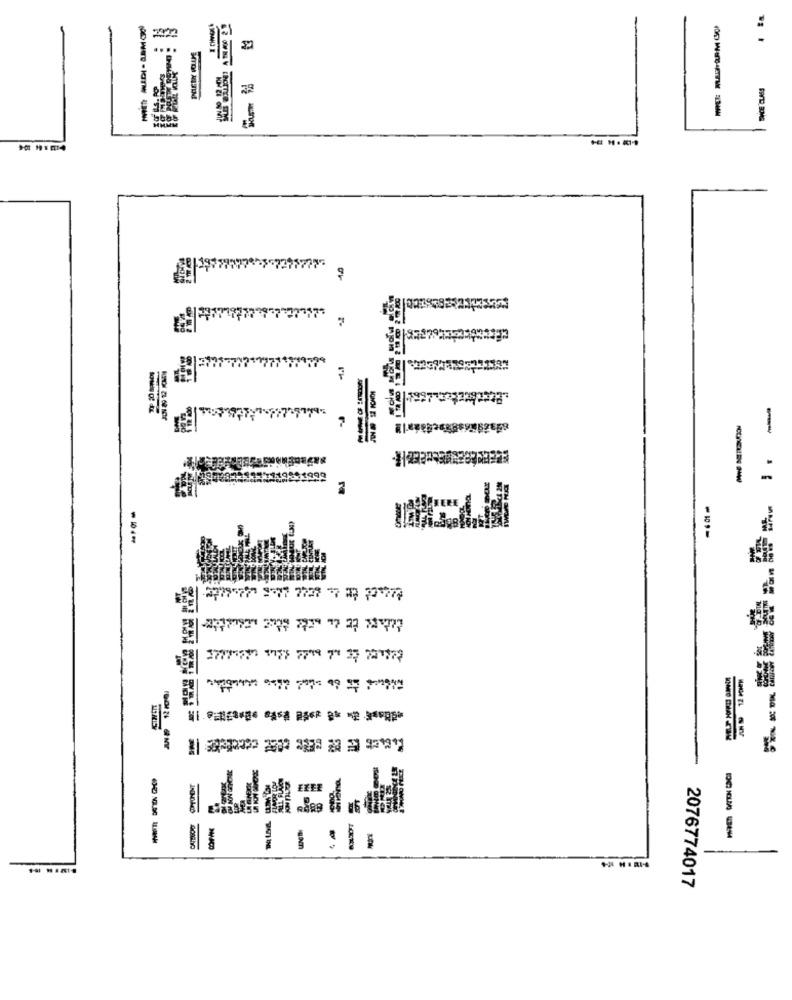
11,95
-
-
==----
COMPONENT
낼
2076774017